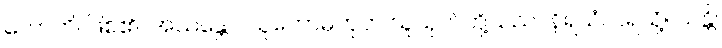
ဟောတိ၊ ဖြစ်၏။ အသန္တော၊ သူတော်မဟုတ် သူယုတ်တို့သည်။ နိရယံ၊ ငရဲသို့။ ယန္တိ၊